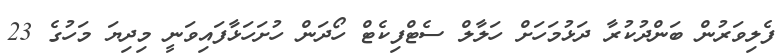
ފެލިވަރުން ބަންދުކުރާ ދަޅުމަހަށް ހަލާލް ސެޓްފިކެޓް ހޯދަން ހުށަހަޅާފައިވަނީ މިދިޔަ މަހުގެ 23